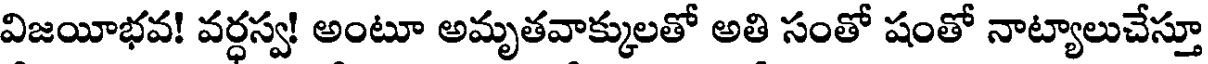
విజయీభవ! వర్ధస్వ! అంటూ అమృతవాక్కులతో అతి సంతో షంతో నాట్యాలుచేస్తూ